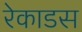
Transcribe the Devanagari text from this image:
रेकाडस